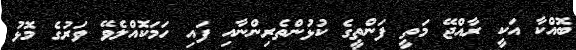
ބޮއްކާ އަކީ ރާއްޖޭ މަތީ ފަންތީގެ ކުޅުންތެރިންނާއި ފައި ހަމަކޮއްލެވޭ ވަރުގެ މޮޅު